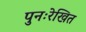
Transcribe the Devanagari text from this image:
पुनःरेखित